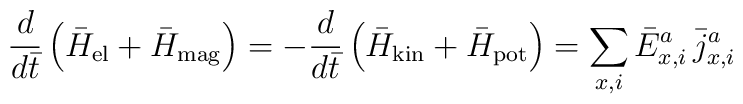
{d \over d\bar t} \left( \bar H_{\rm el}+ \bar H_{\rm mag} \right)   = - {d \over d\bar t} \left( \bar H_{\rm kin}+ \bar H_{\rm pot} \right)    = \sum\limits_{x,i} \bar E_{x,i}^a \, {\bar j}_{x,i}^a